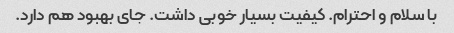
با سلام و احترام. کیفیت بسیار خوبی داشت. جای بهبود هم دارد.